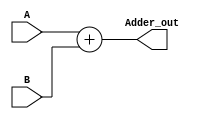
`timescale 1ns / 1ps
//////////////////////////////////////////////////////////////////////////////////
// Company: 
// Engineer: 
// 
// Design Name: 
// Module Name:    Adder 
// Project Name: 
// Target Devices: 
// Tool versions: 
// Description: 
//
// Dependencies: 
//
// Revision: 
// Revision 0.01 - File Created
// Additional Comments: 
//
//////////////////////////////////////////////////////////////////////////////////
module Adder (
	input [31 : 0] A,B,
	output reg [31 : 0] Adder_out
    );
	
	always @(A, B) begin
		Adder_out <= A + B;
	end

endmodule